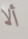
ألا